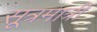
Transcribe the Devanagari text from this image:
सूत्रमात्री